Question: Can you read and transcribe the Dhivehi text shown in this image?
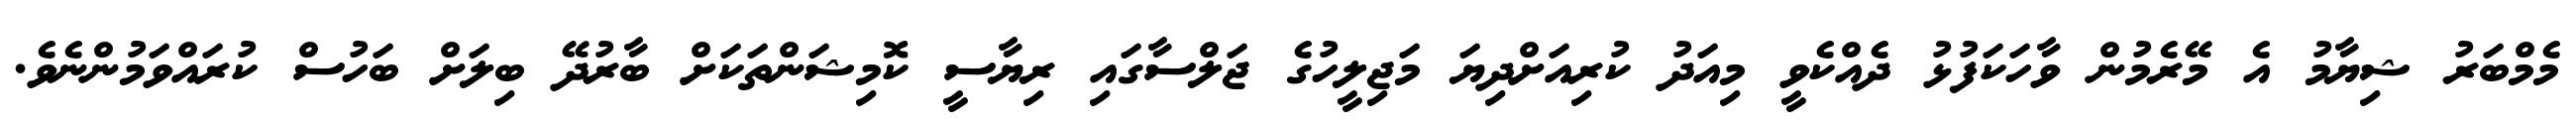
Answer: މެމްބަރު ޝިޔާމު އެ މޭރެމުން ވާހަކަފުޅު ދެއްކެވީ މިއަދު ކުރިއަށްދިޔަ މަޖިލީހުގެ ޖަލްސާގައި ރިޔާސީ ކޮމިޝަންތަކަށް ބާރުދޭ ބިލަށް ބަހުސް ކުރައްވަމުންނެވެ.